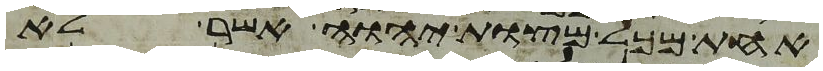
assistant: אחת מכל מצות יהוה אשר לא